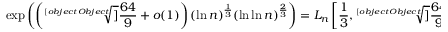
\exp \left( \left( { \sqrt [ [object Object] ] { \frac { 6 4 } { 9 } } } + o ( 1 ) \right) ( \ln n ) ^ { \frac { 1 } { 3 } } ( \ln \ln n ) ^ { \frac { 2 } { 3 } } \right) = L _ { n } \left[ { \frac { 1 } { 3 } } , { \sqrt [ [object Object] ] { \frac { 6 4 } { 9 } } } \right]